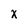
Character: X